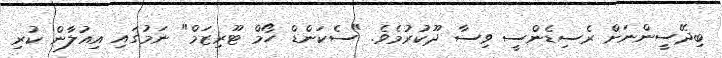
ބިދޭސީންނަށް ރެސިޑެންސީ ވިސާ ދޫކުރުމެވެ. "ސެކަންޑް ހޯމް ޓޫރިޒަމް" ނަމުގައި އިއުލާން ކުރި